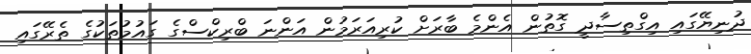
ދުނިޔޭގައި އިގްތިސާދީ ގޮތުން އެންމެ ބާރަށް ކުރިއަރަމުން އަންނަ ބްރިކްސްގެ ގައުމުތަކުގެ ތެރޭގައި